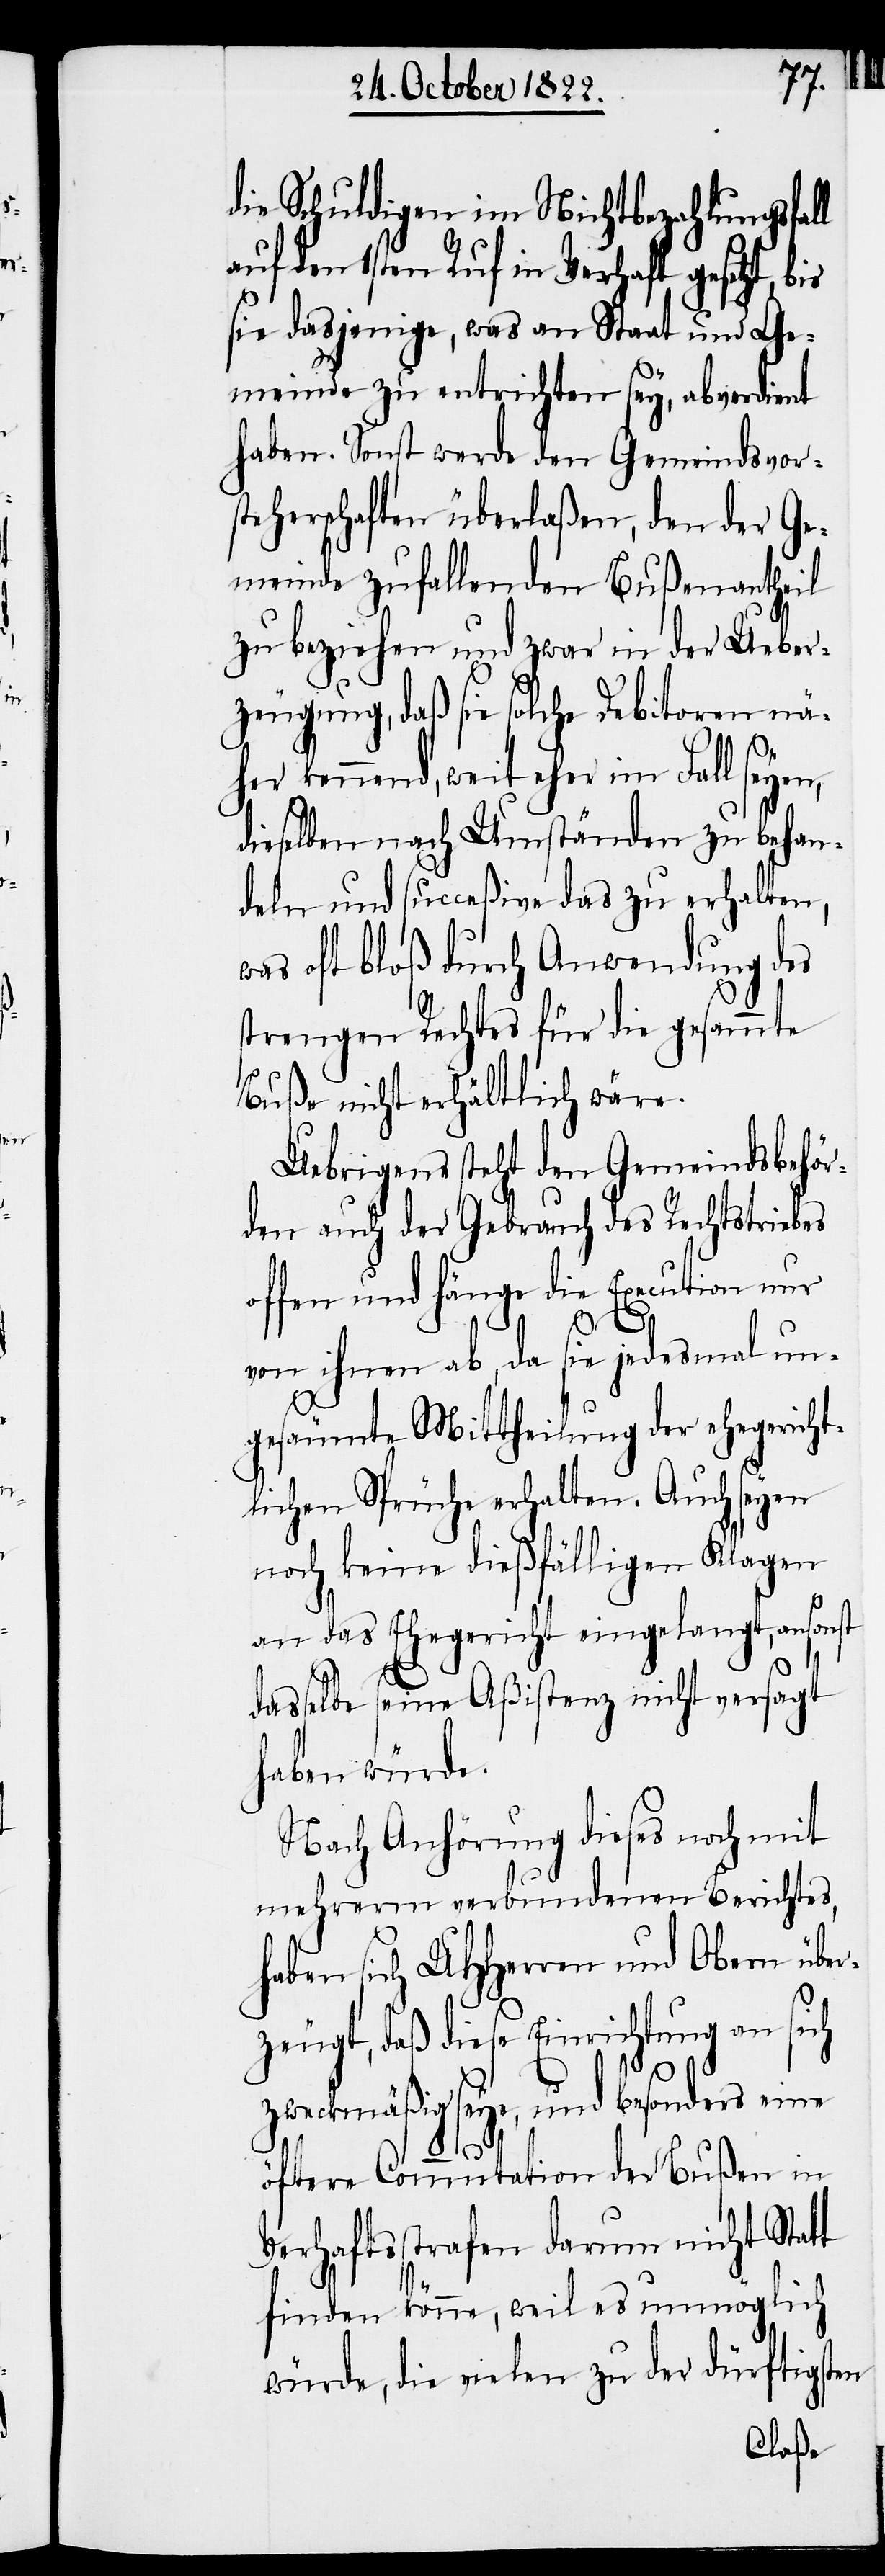
die Schuldigen im Nichtbezahlungsfall
auf den 1sten Ruf in Verhaft gesetzt,
sie dasjenige, was an Staat und Ge¬
meinde zu entrichten sey, abverdient
haben. Sonst werde den Gemeindsvor¬
steherschaften überlaßen, den der Ge¬
meinde zufallenden Bußenantheil
zu beziehen und zwar in der Ueber¬
zeugung, daß sie solche Debitoren nä¬
her kennend, weit eher im Fall seyen,
dieselben nach Umständen zu behan¬
deln und succeßive das zu erhalten,
oft bloß durch Anwendung des
strengen Rechtes für die gesammte
Buße nicht erhältlich wäre.
Uebrigens steht den Gemeindsbehör¬
den auch der Gebrauch des Rechtstriebes
offen und hänge die Execution nur
von ihnen ab, da sie jedesmal un¬
gesäumte Mittheilung der ehegericht¬
lichen Sprüche erhalten. Auch seyen
noch keine dießfälligen Klagen
an das Ehegericht eingelangt, ansonst
dasselbe seine Aßistenz nicht versagt
haben würde.
Nach Anhörung dieses noch mit
mehrerm verbundenen Berichtes,
haben sich UHHerren und Obern übe¬
rzeugt, daß diese Einrichtung an sich
zweckmäßig seye, und besonders eine
öftere Commutation der Bußen in
Verhaftsstrafen darum nicht Statt
finden könne, weil es unmöglich
würde, die vielen zu der dürftigsten